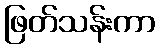
ဖြတ်သန်းကာ